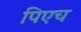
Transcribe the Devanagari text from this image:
पिएच